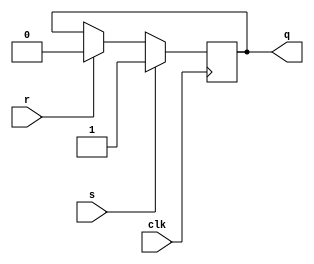
module sr_flip_flop (
    input wire clk,
    input wire s,
    input wire r,
    output reg q
);

always @(posedge clk) begin
    if (s) begin
        q <= 1;
    end else if (r) begin
        q <= 0;
    end
end

endmodule